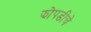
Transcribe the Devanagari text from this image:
झोपडीचे